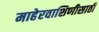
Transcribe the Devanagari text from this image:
माहेरवाशिणीसाठी